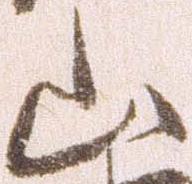
山